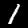
Digit: 1